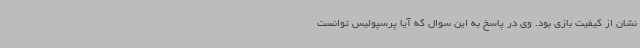
نشان از کیفیت بازی بود. وی در پاسخ به این سوال که آیا پرسپولیس توانست